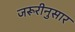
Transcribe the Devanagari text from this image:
जरूरीनुसार